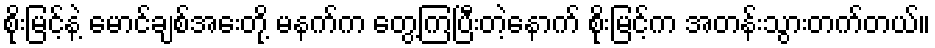
စိုးမြင့်နဲ့ မောင်ချစ်အေးတို့ မနက်က တွေ့ကြပြီးတဲ့နောက် စိုးမြင့်က အတန်းသွားတက်တယ်။